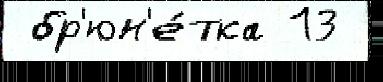
 бр'юн'е́тка 13